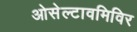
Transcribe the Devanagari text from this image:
ओसेल्टावमिविर